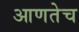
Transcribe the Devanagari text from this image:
आणतेच